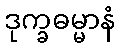
ဒုက္ခဓမ္မာနံ